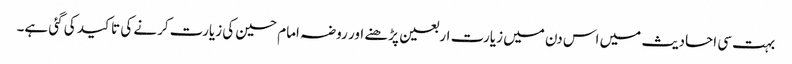
بہت سی احادیث میں اس دن میں زیارت اربعین پڑھنے اور روضہ امام حسین کی زیارت کرنے کی تاکید کی گئی ہے۔